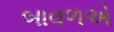
બાવળએ